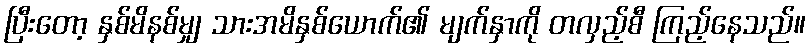
ပြီးတော့ နှစ်မိနစ်မျှ သားအမိနှစ်ယောက်၏ မျက်နှာကို တလှည့်စီ ကြည့်နေသည်။